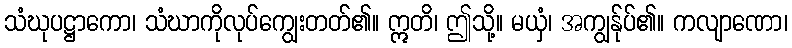
သံဃုပဋ္ဌာကော၊ သံဃာကိုလုပ်ကျွေးတတ်၏။ ဣတိ၊ ဤသို့။ မယှံ၊ အကျွန်ုပ်၏။ ကလျာဏော၊